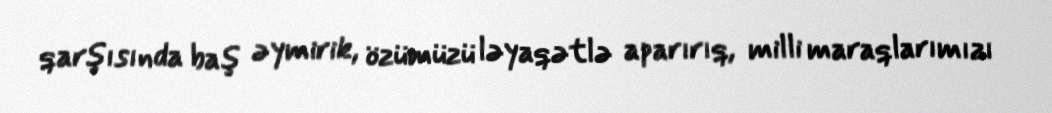
qarşısında baş əymirik, özümüzü ləyaqətlə aparırıq, milli maraqlarımızı